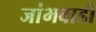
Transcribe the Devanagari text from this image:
जांभवाडी